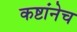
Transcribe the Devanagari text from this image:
कष्टांनेच